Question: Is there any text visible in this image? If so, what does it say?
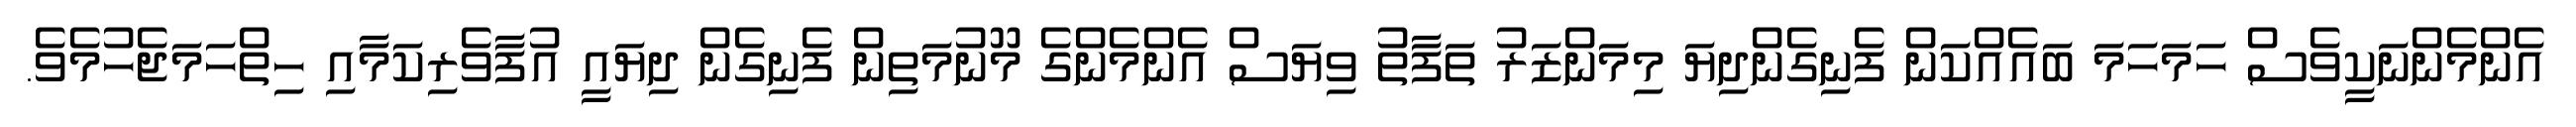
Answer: އެންމެންނަކީވެސް ހަމަހަމަ ބައެއްކަން ފެނިގެންދިޔަ މިމަންޒަރު ތަފާތު ވިޔަސް އެންމެންގެ މޫނުމަތިން ފެނިގެން ދިޔައީ އުފާވެރިކަމާއި ހިތްހަމަޖެހުމެވެ.